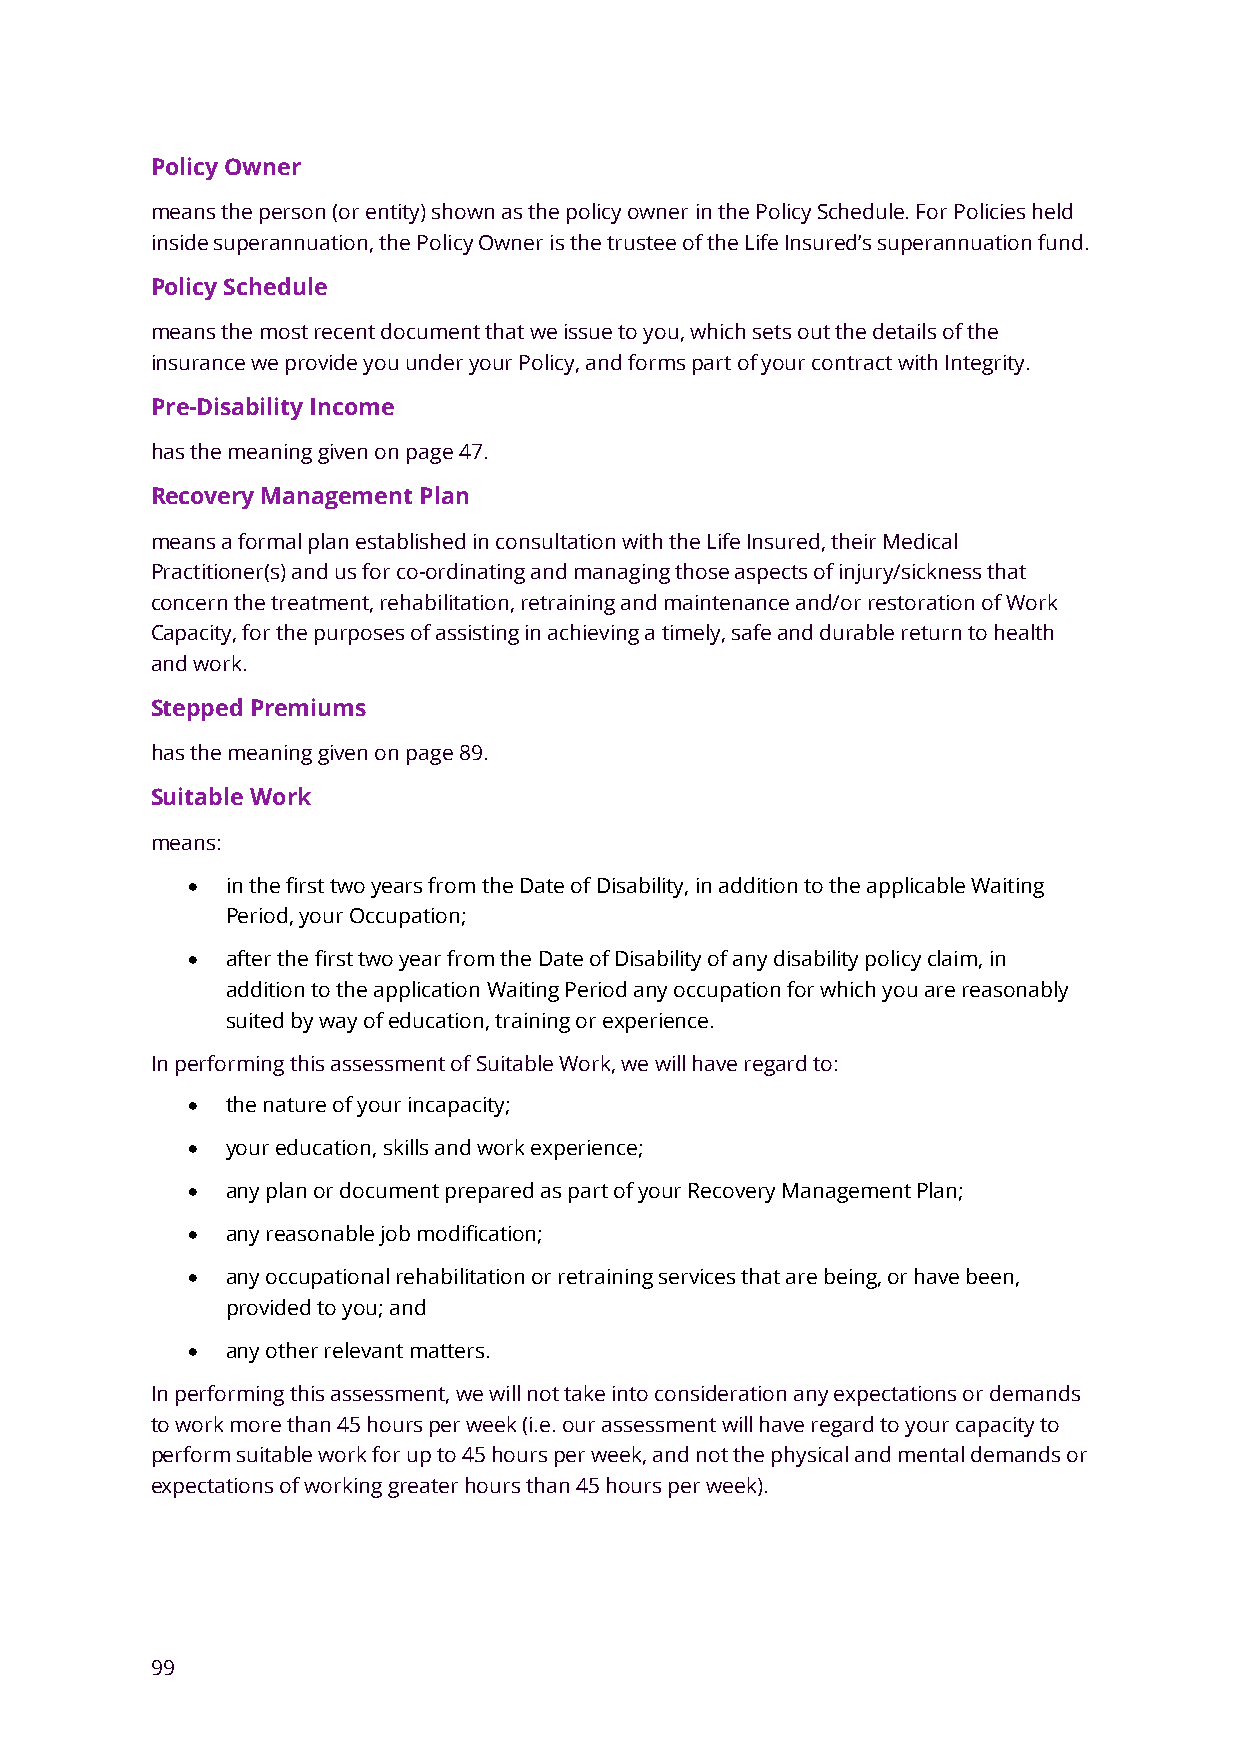
Policy Owner
 means the person (or entity) shown as the policy owner in the Policy Schedule. For Policies held
 inside superannuation, the Policy Owner is the trustee of the Life Insured’s superannuation fund.
 Policy Schedule
 means the most recent document that we issue to you, which sets out the details of the
 insurance we provide you under your Policy, and forms part of your contract with Integrity.
 Pre-Disability Income
 has the meaning given on page 47.
 Recovery Management Plan
 means a formal plan established in consultation with the Life Insured, their Medical
 Practitioner(s) and us for co-ordinating and managing those aspects of injury/sickness that
 concern the treatment, rehabilitation, retraining and maintenance and/or restoration of Work
 Capacity, for the purposes of assisting in achieving a timely, safe and durable return to health
 and work.
 Stepped Premiums
 has the meaning given on page 89.
 Suitable Work
 means:
 •  in the first two years from the Date of Disability, in addition to the applicable Waiting
 Period, your Occupation;
 •  after the first two year from the Date of Disability of any disability policy claim, in
 addition to the application Waiting Period any occupation for which you are reasonably
 suited by way of education, training or experience.
 In performing this assessment of Suitable Work, we will have regard to:
 •  the nature of your incapacity;
 •  your education, skills and work experience;
 •  any plan or document prepared as part of your Recovery Management Plan;
 •  any reasonable job modification;
 •  any occupational rehabilitation or retraining services that are being, or have been,
 provided to you; and
 •  any other relevant matters.
 In performing this assessment, we will not take into consideration any expectations or demands
 to work more than 45 hours per week (i.e. our assessment will have regard to your capacity to
 perform suitable work for up to 45 hours per week, and not the physical and mental demands or
 expectations of working greater hours than 45 hours per week).
 99